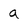
Character: a